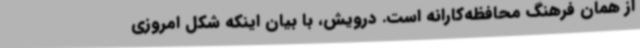
از همان فرهنگ محافظه‌کارانه است. درویش، با بیان اینکه شکل امروزی